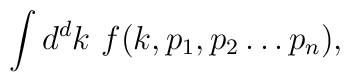
\int d^{d}k\ f(k,p_{1},p_{2}\ldots p_{n}),